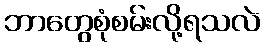
ဘာတွေစုံစမ်းလို့ရသလဲ